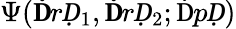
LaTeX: \Psi(\mathbf ḊrḌ_{1},\mathbf ḊrḌ_{2};\mathfrak ḊpḌ)